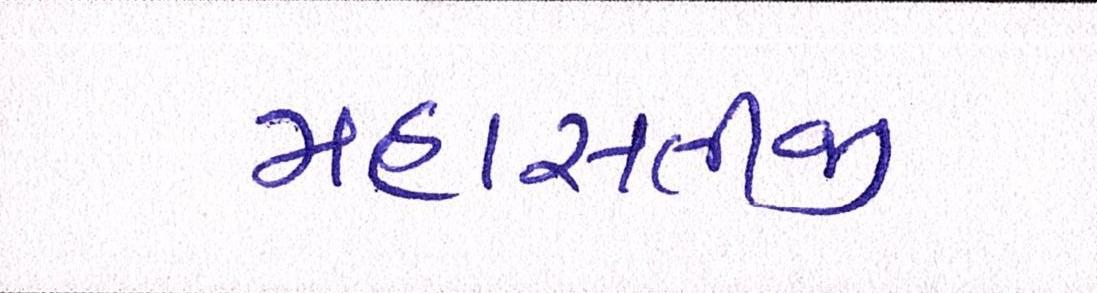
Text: મહાસતીજી